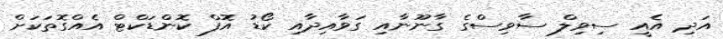
އަދި އެއީ ސިވިލް ސާވިސްގެ ގާނޫނާއި ގަވާއިދާއި ކޯޑު އޮފް ކޮންޑަކްޓް އެއްގޮތަކަށް